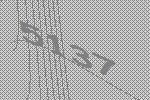
5137